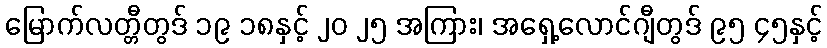
မြောက်လတ္တီတွဒ် ၁၉ ၁၈နှင့် ၂၀ ၂၅ အကြား၊ အရှေ့လောင်ဂျီတွဒ် ၉၅ ၄၅နှင့်